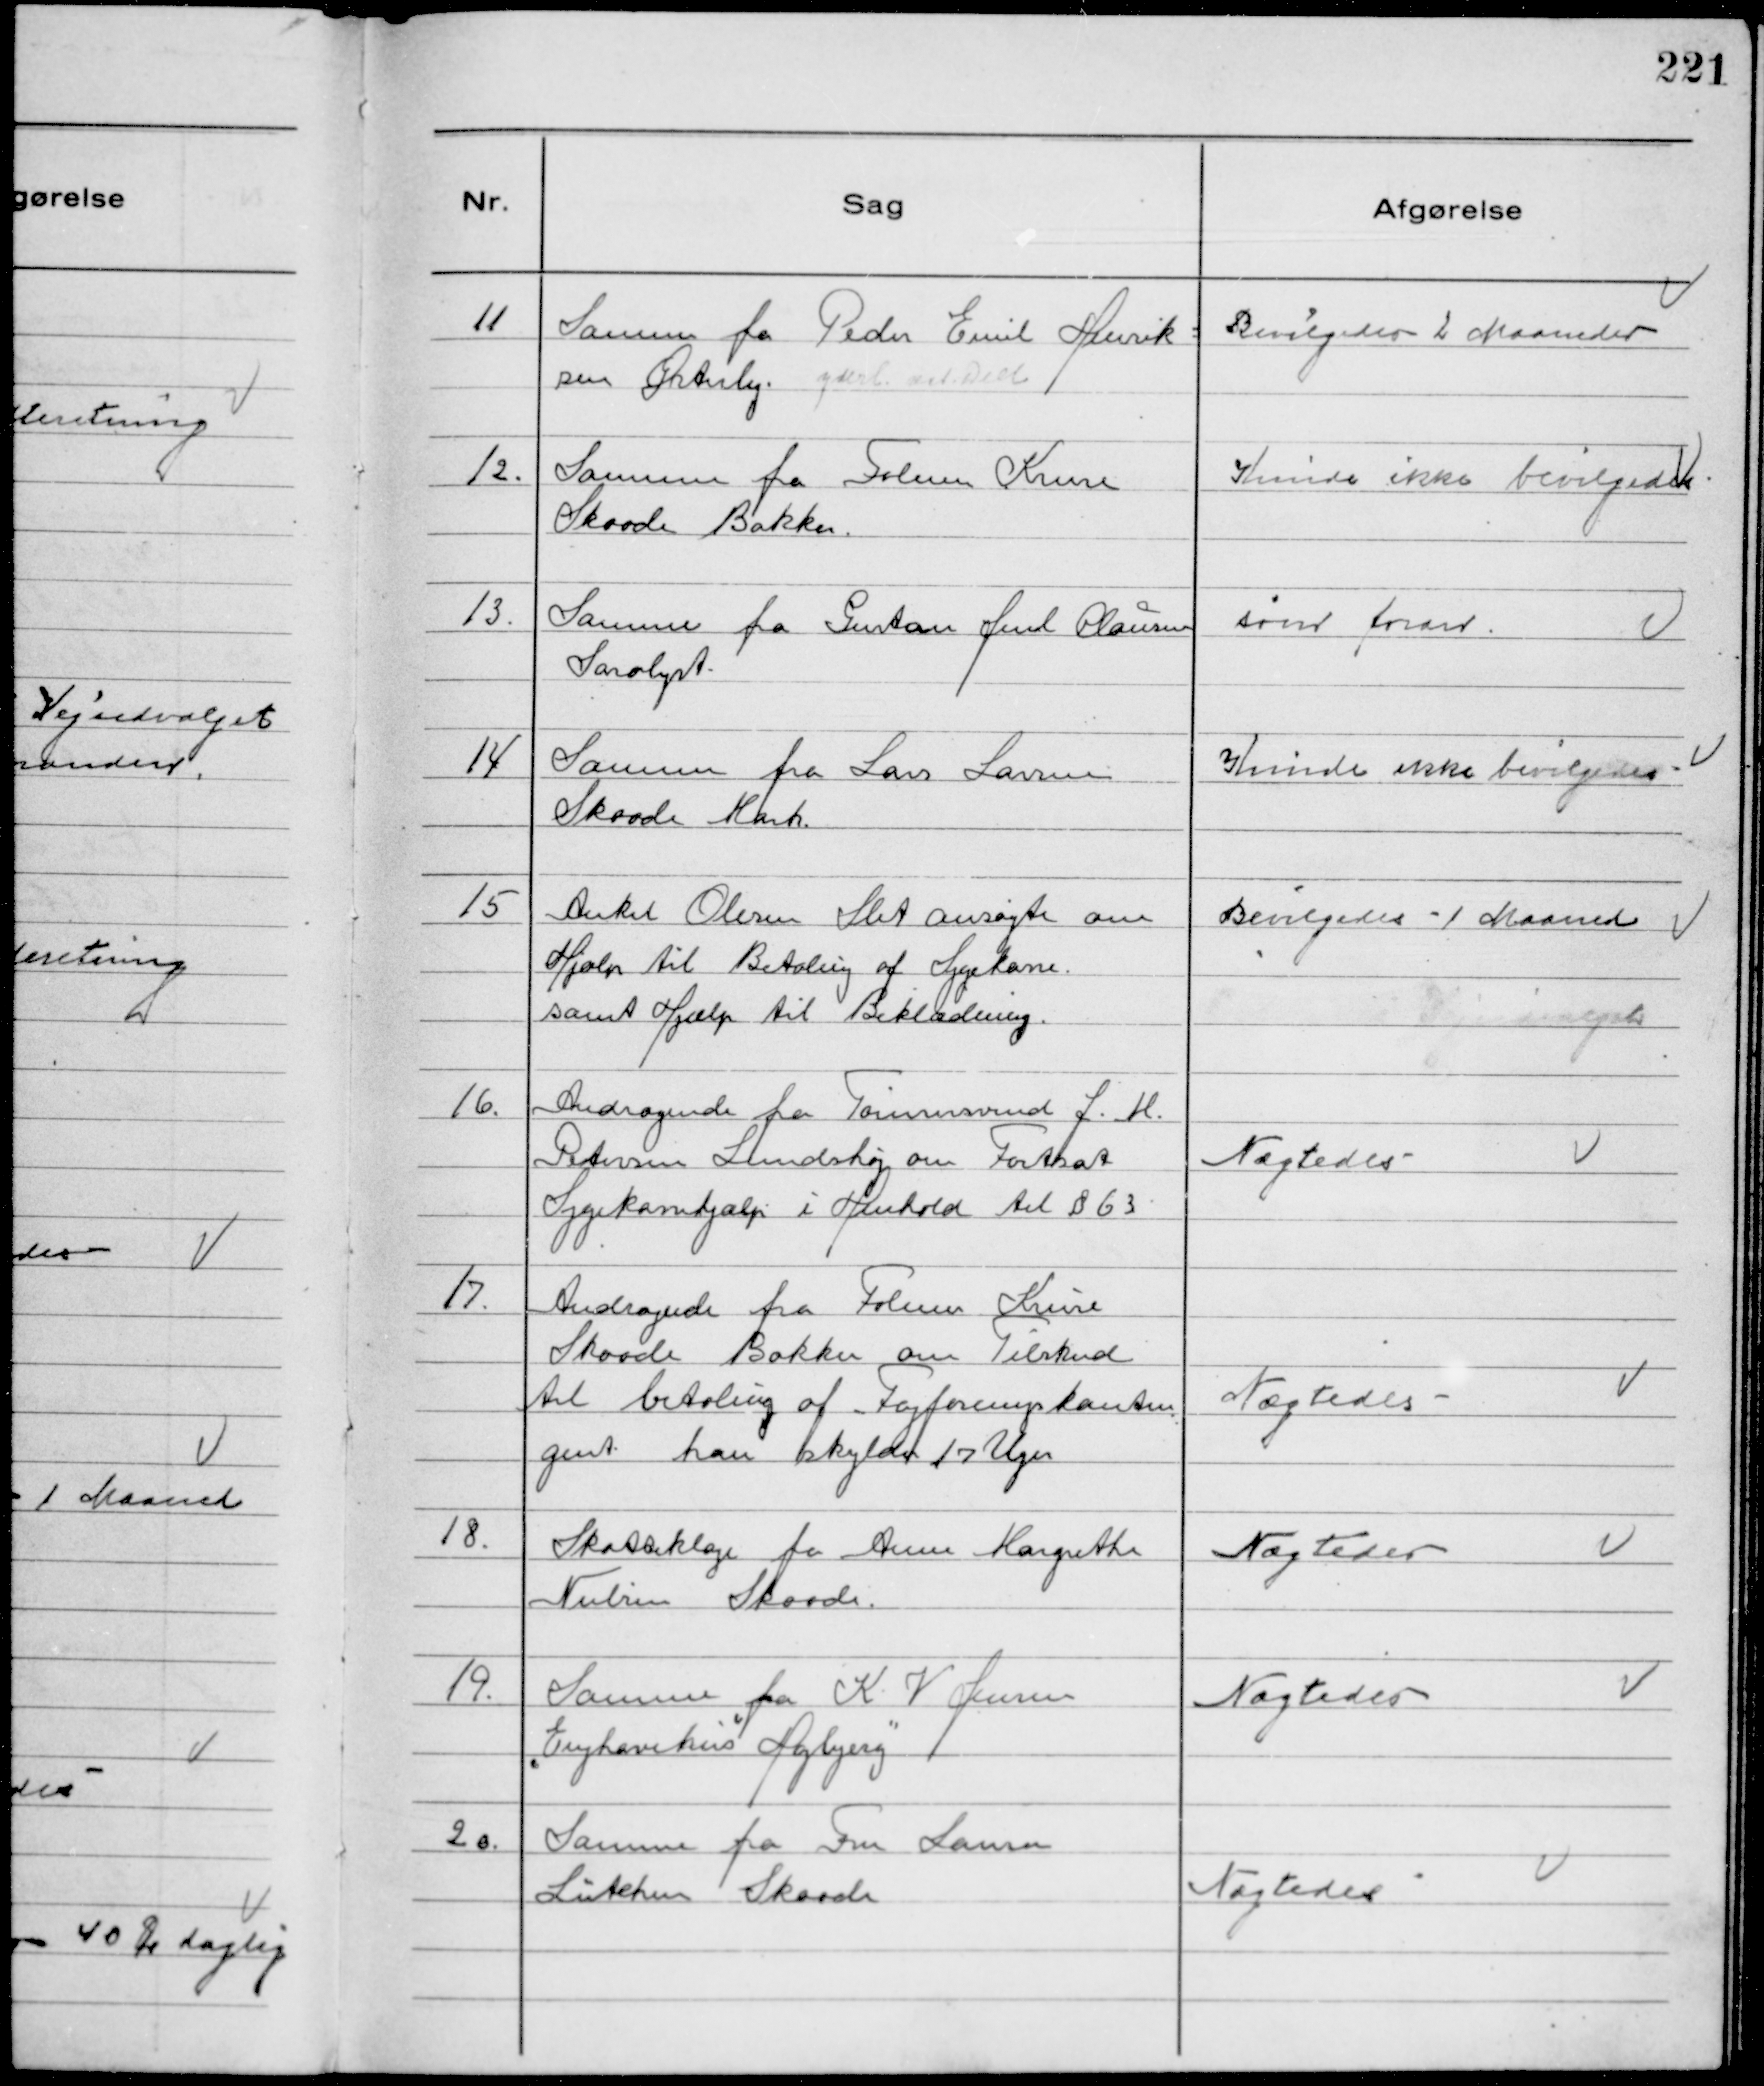
Transskription:
11
Samme fra Peder Emil Henrik-
sen Østerby. yderl. ved Diel

Bevilgedes 2 Maaneder

12.
Samme fra Folmer Kruse
Skaade Bakker.

Kunde ikke bevilgedes

13.
Samme fra Gustav Juul Clausen
Saralyst.

som foran

14
Samme fra Lars Larsen
Skaade Mark.

Kunde ikke bevilgedes

15
Anker Olesen Slet ansøgte om
Hjælp til Betaling af Sygekasse.
samt Hjælp til Beklædning.

Bevilgedes 1 Maaned

16.
Andragende fra Tømrersvend J. M.
Petersen Lundshøj om Fortsat
Sygekassehjælp i Henhold til § 63

Nægtedes

17.
Andragende fra Folmer Kruse
Skaade Bakker om Tilskud
til Betaling af Fagforeningskontin
gent han skylder 17 Uger

Nægtedes

18.
Skatteklage fra Anne Margrethe
Nielsen Skaade.

Nægtedes

19.
Samme fra K V Jensen
"Enghavehus" Højbjerg"

Nægtedes

20.
Samme fra Fru Larsen
Lütchen Skaade

Nægtedes